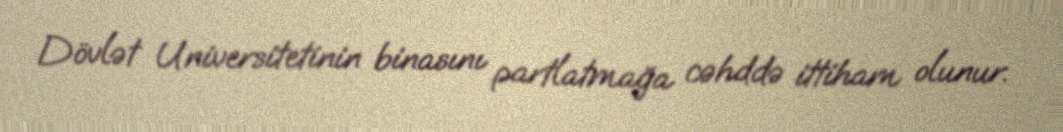
Dövlət Universitetinin binasını partlatmağa cəhddə ittiham olunur.